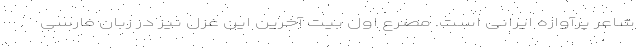
شاعر پرآوازه ایرانی است. مصرع اول بیت آخرین این غزل نیز در زبان فارسی